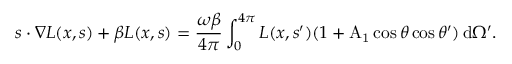
{ \ensuremath { \boldsymbol } s } \ensuremath { \boldsymbol \cdot } \ensuremath { \boldsymbol \nabla } L ( { \ensuremath { \boldsymbol } x } , { \ensuremath { \boldsymbol } s } ) + \beta L ( { \ensuremath { \boldsymbol } x } , { \ensuremath { \boldsymbol } s } ) = \frac { \omega \beta } { 4 \pi } \int _ { 0 } ^ { 4 \pi } L ( { \ensuremath { \boldsymbol } x } , { \ensuremath { \boldsymbol } s } ^ { \prime } ) ( 1 + \mathrm { A _ { 1 } } \cos { \theta } \cos { \theta ^ { \prime } } ) \, \ensuremath { \mathrm { d } } \Omega ^ { \prime } .